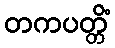
တကပတ္တိံ